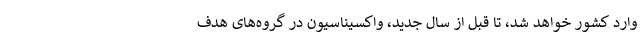
وارد کشور خواهد شد، تا قبل از سال جدید، واکسیناسیون در گروه‌های هدف